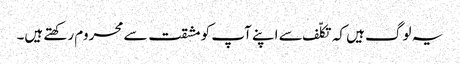
یہ لوگ ہیں کہ تکلّف سے اپنے آپ کو مشقت سے محروم رکھتے ہیں۔